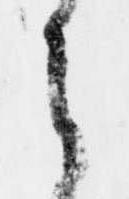
之